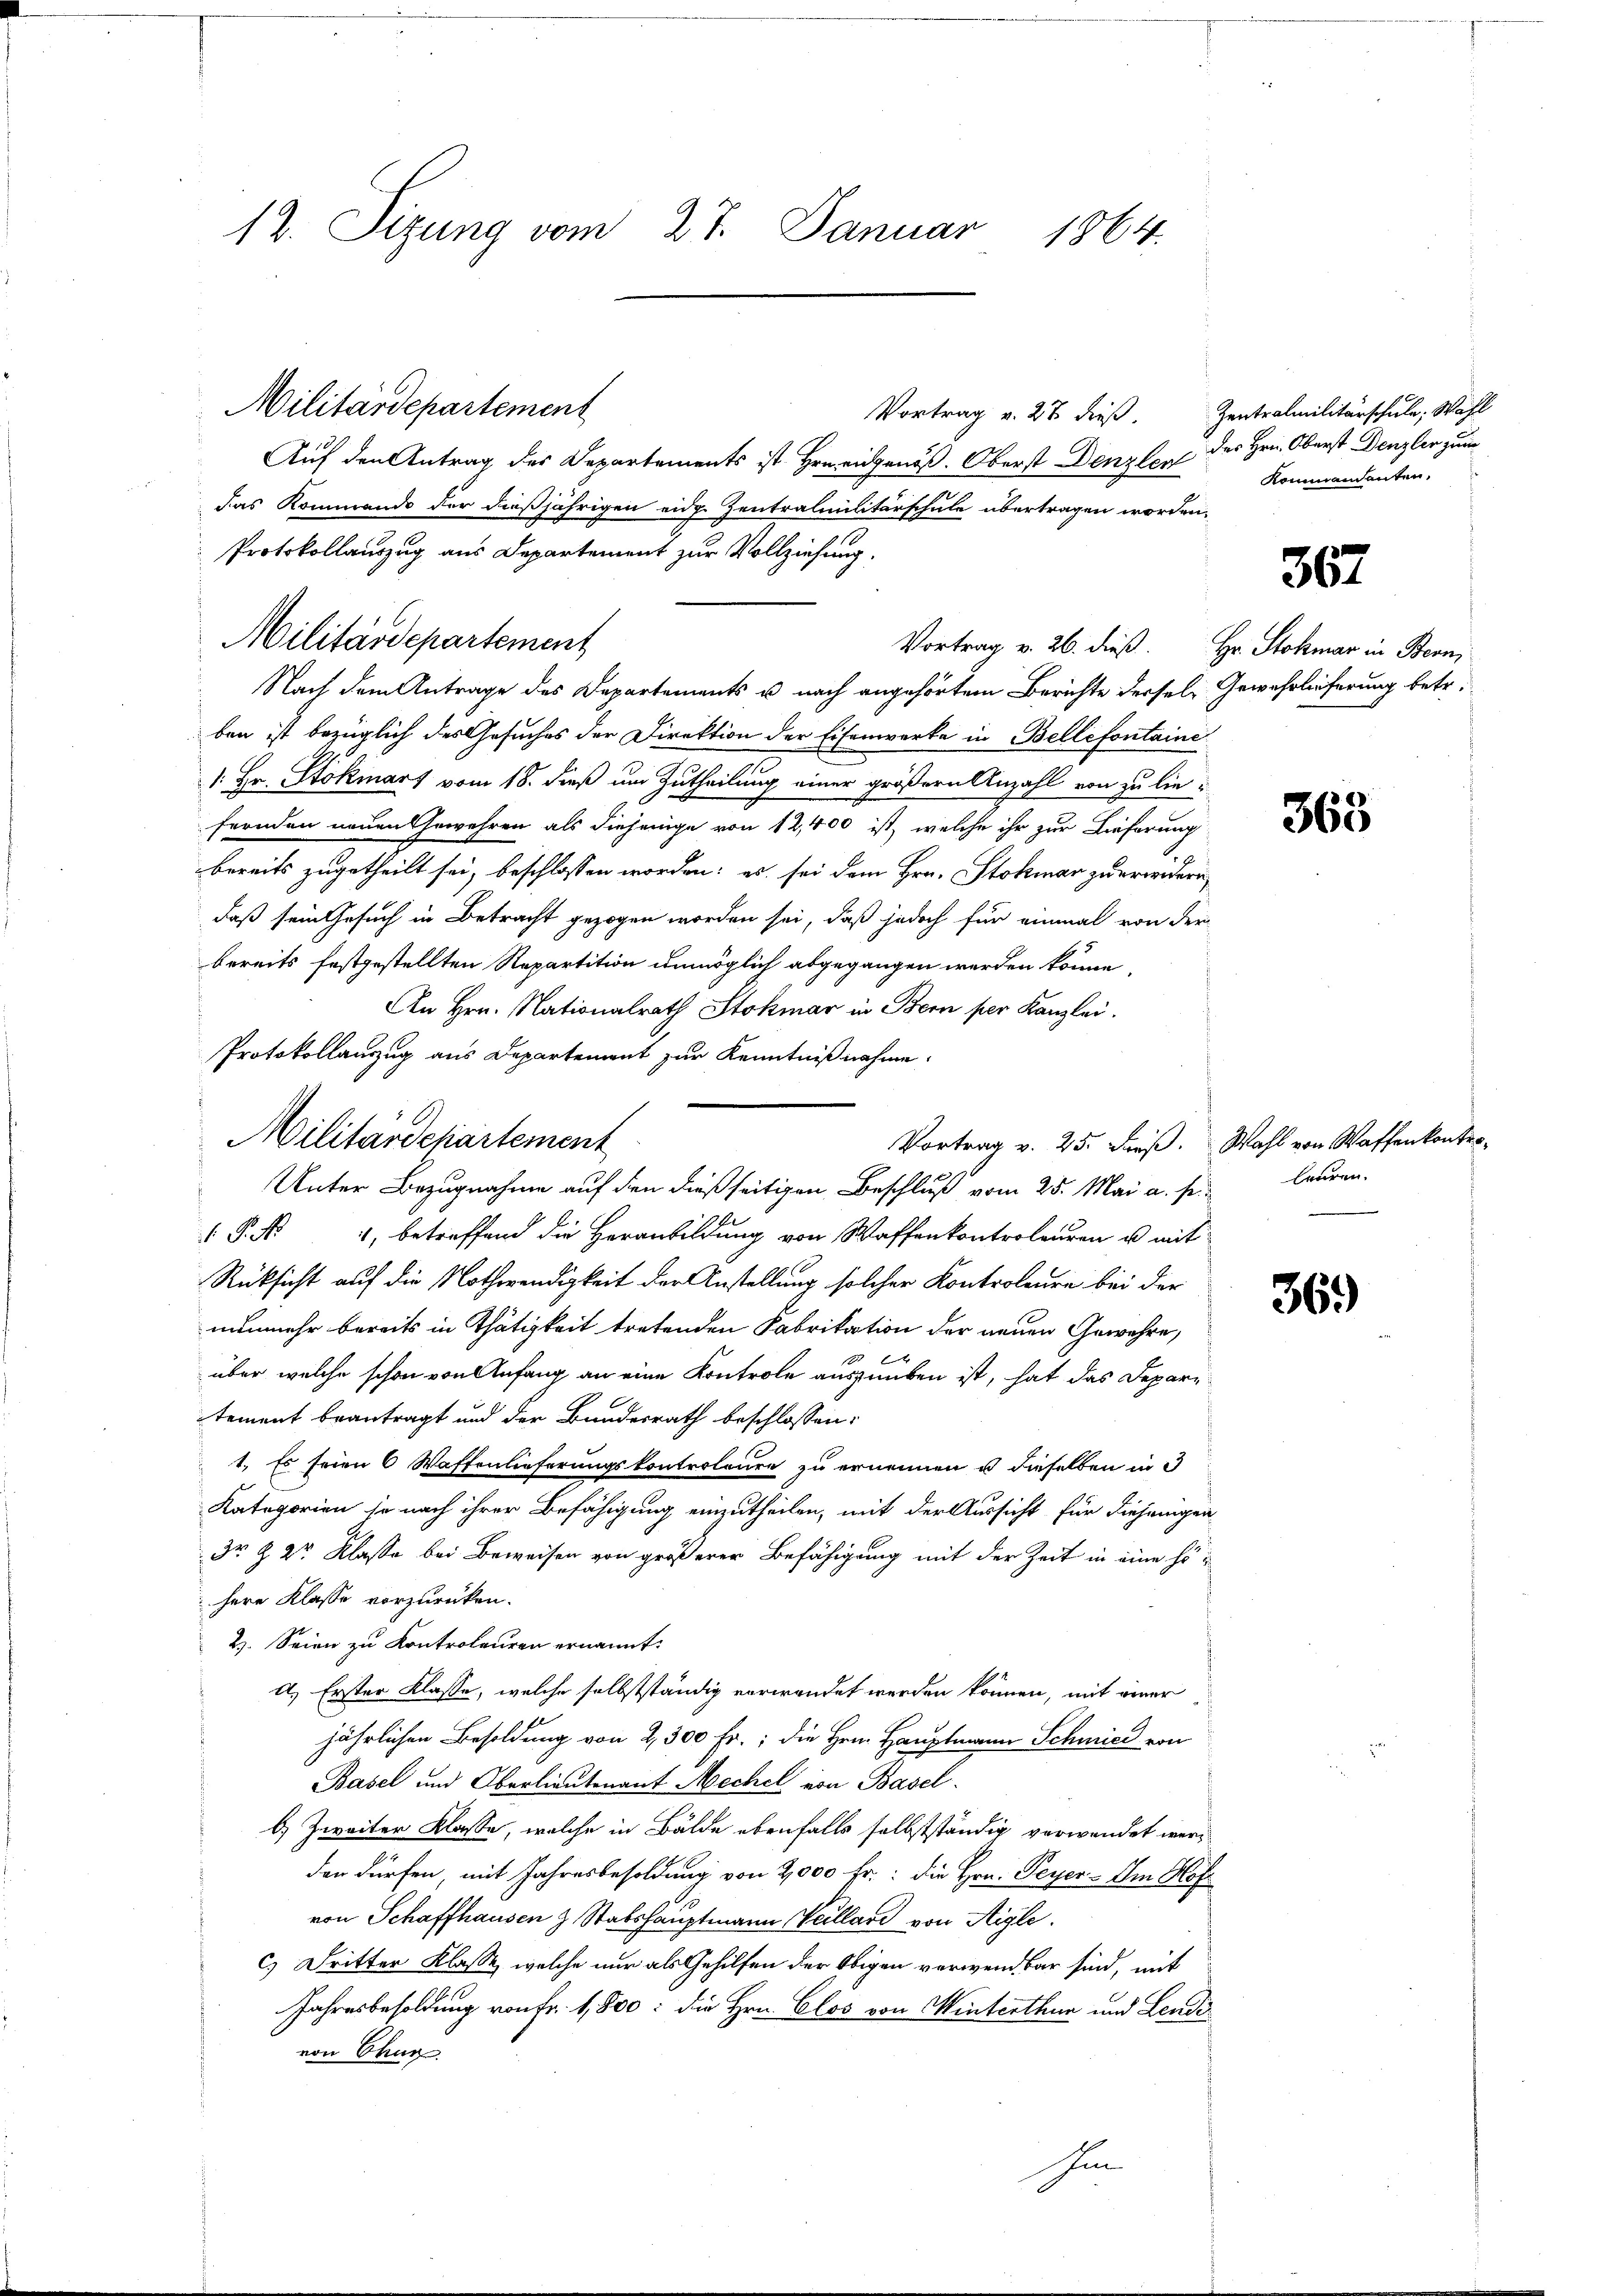
12. Sizung vom 27. Januar 1864.

Militärdepartement

Militärdepartement
Unter Bezugnahme auf den dießseitigen Beschluß vom 25. Mai a. p.

Militärdepartement
Vortrag v. 27 dieß.
Auf den Antrag des Departements ist Hrn. eidgenöß. Oberst Denzler
das Kommando der dießjährigen eidg. Zentralmilitärschule übertragen worden,
Protokollauszug aus Departement zur Vollziehung.
Nach dem Antrage des Departements u nach angehörtem Berichte dersele Gewehrlieferung betr.
ben ist bezüglich des Gesuches der Direktion der Eisenwerke in Bellefontaine
1. Hr. Stokmart vom 18. dieß um Zutheilung einer größern Anzahl von zu liefernden neuen Gewehren als diejenige von 12,400 ist, welche ihr zur Lieferung
bereits zugetheilt sei, beschlossen worden: es sei dem Hrn. Stokmar zu erwidern,
daß sein Gesuch in Betracht gezogen worden sei, daß jedoch für einmal von der
bereits festgestellten Repartition unmöglich abgegangen werden könne,
An Hrn. Nationalrath Stokmar in Bern per Kanzlei.
Protokollauszug aus Departement zur Kenntnißnahme.
 P. Nr. 4, betreffend die Heranbildung von Waffenkontroleuren u mit
Rücksicht auf die Nothwendigkeit der Anstellung solcher Kontroleure bei der
nunmehr bereits in Thätigkeit tretenden Fabrikation der neuen Gewehre,
 xx
über welche schon von Anfang an eine Kontrole auszuüben ist, hat das Deparitement beantragt und der Bundesrath beschlossen:
1. Es seien 6 Waffenlieferungskontroleure zu ernenen u dieselben in d
Kategorien je nach ihrer Befähigung einzutheilen, mit der Aussicht für diejenigen
Dr Z 2r Klasse bei Beweisen von größerer Befähigung mit der Zeit in eine höhere Klasse vorzurücken.
2. Seien zu Kontroleuren ernannt:
d.) Erster Klasse, welche selbstständig verwendet werden können, mit einer
A
jährlichen Besoldung von 2, 300 Fr.; die Herrn Hauptmann Schmied von
Basel und Oberlieutenant Mechel von Basel.
b) Zweiter Klasse, welche in Bälde ebenfalls selbstständig verwendet werden dürfen, mit Jahresbesoldung von 2,000 fr.: die Hrn. Peyer - Im Hof
von Schaffhausen & Stabshauptmann Wellard von Aigle.
c.) Dritter Klasse, welche nur als Gehilfen der Obigen verwendbar sind, mit
Jahresbesoldung von fr. 1,800: die Hrn. Clos von Winterthur und Lende
von Chur
hin

Vortrag v. 25. Fieß. Wahl von Waffenkontro-

Zentralmilitärschule, Wahl
des Hrn. Oberst Denzler zum
Kommandanten,

367

Vortrag v. 26. dieß Hr. Stokmar in Bern,

363

lauren.

369)